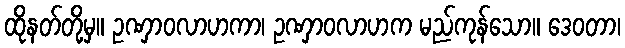
ထိုနတ်တို့မှ။ ဥဏှာဝလာဟကာ၊ ဥဏှာဝလာဟက မည်ကုန်သော။ ဒေဝတာ၊